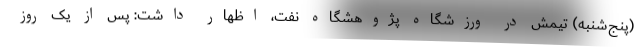
(پنج‌شنبه) تیمش در ورزشگاه پژوهشگاه نفت، اظهار داشت: پس از یک روز